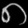
Digit: ၈